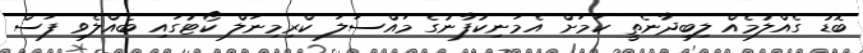
ބޮޑު ގެއްލުމެއް ލިބިދާނެތީ ކަމަށް އެމަނިކުފާނުގެ މައްސަލަ ކްރިމިނަލް ކޯޓުގައި ބެއްލެވި ފަސް